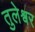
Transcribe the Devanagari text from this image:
तुलेश्वर